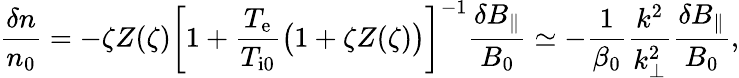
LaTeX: \frac{\delta n}{n_{0}}=-\zeta Z(\zeta)\biggl[1+\frac{T_{\mathrm{e}}}{T_{\mathrm{i0}}}\bigl(1+\zeta Z(\zeta)\bigr)\biggr]^{-1}\frac{\delta B_{\parallel}}{B_{0}}\simeq-\frac{1}{\beta_{0}}\frac{k^{2}}{k_{\perp}^{2}}\frac{\delta B_{\parallel}}{B_{0}},